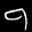
Label: 9